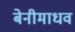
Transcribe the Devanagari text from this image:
बेनीमाधव